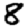
Digit: 8